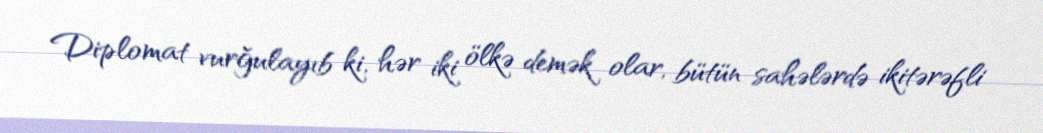
Diplomat vurğulayıb ki, hər iki ölkə demək olar, bütün sahələrdə ikitərəfli